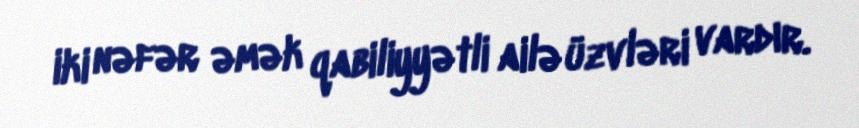
iki nəfər əmək qabiliyyətli ailə üzvləri vardır.